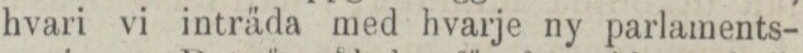
hvari vi inträda med hvarje ny parlaments-